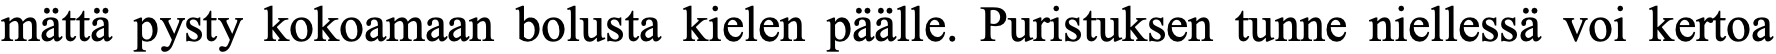
mättä pysty kokoamaan bolusta kielen päälle. Puristuksen tunne niellessä voi kertoa